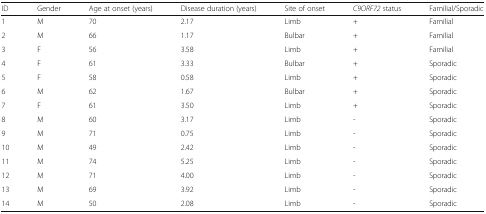
<table><thead><tr><td><b>ID</b></td><td><b>Gender</b></td><td><b>Age at onset (years)</b></td><td><b>Disease duration (years)</b></td><td><b>Site of onset</b></td><td><b><i>C9ORF72</i> status</b></td><td><b>Familial/Sporadic</b></td></tr></thead><tbody><tr><td>1</td><td>M</td><td>70</td><td>2.17</td><td>Limb</td><td>+</td><td>Familial</td></tr><tr><td>2</td><td>M</td><td>66</td><td>1.17</td><td>Bulbar</td><td>+</td><td>Familial</td></tr><tr><td>3</td><td>F</td><td>56</td><td>3.58</td><td>Limb</td><td>+</td><td>Familial</td></tr><tr><td>4</td><td>F</td><td>61</td><td>3.33</td><td>Bulbar</td><td>+</td><td>Sporadic</td></tr><tr><td>5</td><td>F</td><td>58</td><td>0.58</td><td>Limb</td><td>+</td><td>Sporadic</td></tr><tr><td>6</td><td>M</td><td>62</td><td>1.67</td><td>Bulbar</td><td>+</td><td>Sporadic</td></tr><tr><td>7</td><td>F</td><td>61</td><td>3.50</td><td>Limb</td><td>+</td><td>Sporadic</td></tr><tr><td>8</td><td>M</td><td>60</td><td>3.17</td><td>Limb</td><td>-</td><td>Sporadic</td></tr><tr><td>9</td><td>M</td><td>71</td><td>0.75</td><td>Limb</td><td>-</td><td>Sporadic</td></tr><tr><td>10</td><td>M</td><td>49</td><td>2.42</td><td>Limb</td><td>-</td><td>Sporadic</td></tr><tr><td>11</td><td>M</td><td>74</td><td>5.25</td><td>Limb</td><td>-</td><td>Sporadic</td></tr><tr><td>12</td><td>M</td><td>71</td><td>4.00</td><td>Limb</td><td>-</td><td>Sporadic</td></tr><tr><td>13</td><td>M</td><td>69</td><td>3.92</td><td>Limb</td><td>-</td><td>Sporadic</td></tr><tr><td>14</td><td>M</td><td>50</td><td>2.08</td><td>Limb</td><td>-</td><td>Sporadic</td></tr></tbody></table>